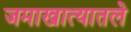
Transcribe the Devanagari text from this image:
जमाखात्यातले